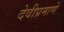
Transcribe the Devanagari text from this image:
देवीप्रमाणे